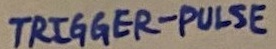
Text: TRIGGER-PULSE